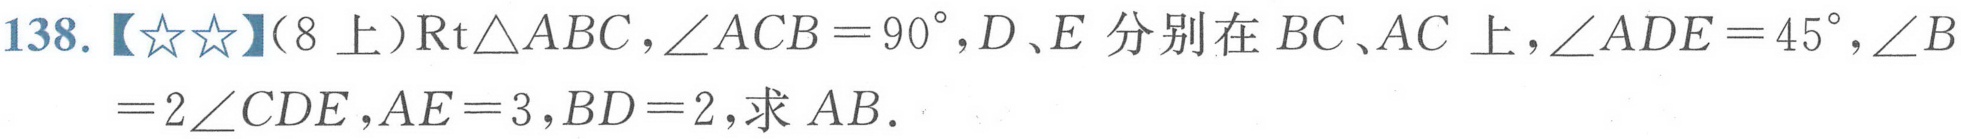
138.【★★】（8上）\(\text{Rt}\triangle ABC\)，\(\angle ACB = 90^{\circ}\)，\(D、E\)分别在\(BC、AC\)上，\(\angle ADE = 45^{\circ}\)，\(\angle B=2\angle CDE\)，\(AE = 3\)，\(BD = 2\)，求 \(AB\).